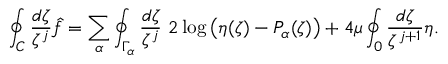
\oint _ { C } \frac { d \zeta } { \zeta ^ { j } } \hat { f } = \sum _ { \alpha } \oint _ { \Gamma _ { \alpha } } \frac { d \zeta } { \zeta ^ { j } } \ 2 \log \left( \eta ( \zeta ) - P _ { \alpha } ( \zeta ) \right) + 4 \mu \oint _ { 0 } \frac { d \zeta } { \zeta ^ { j + 1 } } \eta .